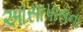
આસાપાસના